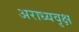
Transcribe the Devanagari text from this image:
अराध्यवृक्ष